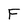
Character: F